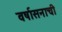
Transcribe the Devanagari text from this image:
वर्षासनाची